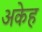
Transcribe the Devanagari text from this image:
अकेह